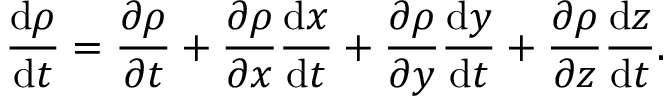
{ \frac { \mathrm { d } \rho } { \mathrm { d } t } } = { \frac { \partial \rho } { \partial t } } + { \frac { \partial \rho } { \partial x } } { \frac { \mathrm { d } x } { \mathrm { d } t } } + { \frac { \partial \rho } { \partial y } } { \frac { \mathrm { d } y } { \mathrm { d } t } } + { \frac { \partial \rho } { \partial z } } { \frac { \mathrm { d } z } { \mathrm { d } t } } .